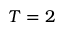
T = 2